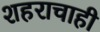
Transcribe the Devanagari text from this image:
शहराचाही